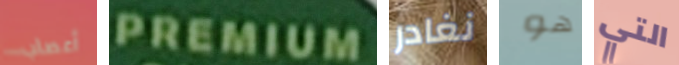
أعصاب PREMIUM نغادر هو التي